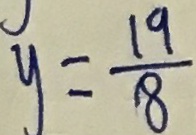
y = \frac { 1 9 } { 8 }